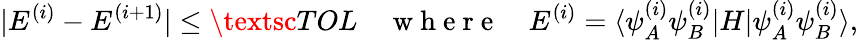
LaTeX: \lvert E^{(i)}-E^{(i+1)}\rvert\le\textsc{TOL}\quad\mathrm{~w~h~e~r~e~}\quad E^{(i)}=\langle\psi_{A}^{(i)}\psi_{B}^{(i)}|H|\psi_{A}^{(i)}\psi_{B}^{(i)}\rangle,